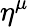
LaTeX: \eta^{\mu}